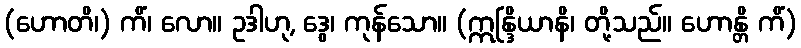
(ဟောတိ၊) ကိံ၊ လော။ ဥဒါဟု, ဒွေ၊ ကုန်သော။ (ဣန္ဒြိယာနိ၊ တို့သည်။ ဟောန္တိ ကိံ)